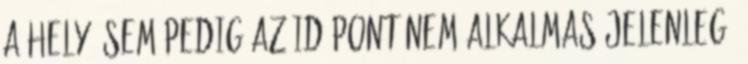
a hely, sem pedig az időpont nem alkalmas jelenleg,